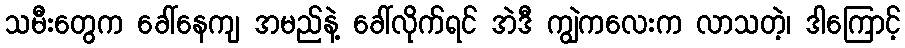
သမီးတွေက ခေါ်နေကျ အမည်နဲ့ ခေါ်လိုက်ရင် အဲဒီ ကျွဲကလေးက လာသတဲ့၊ ဒါကြောင့်